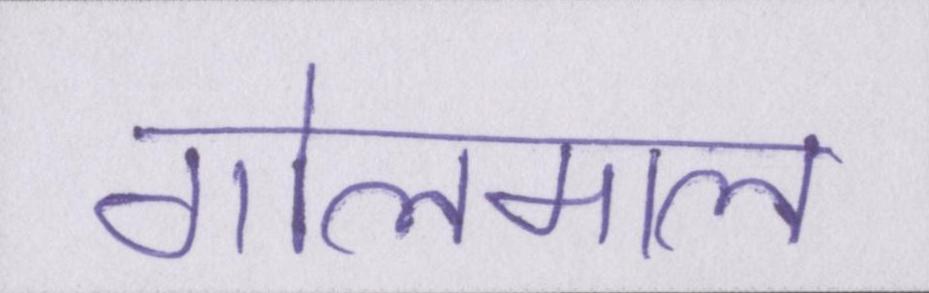
गोलमाल